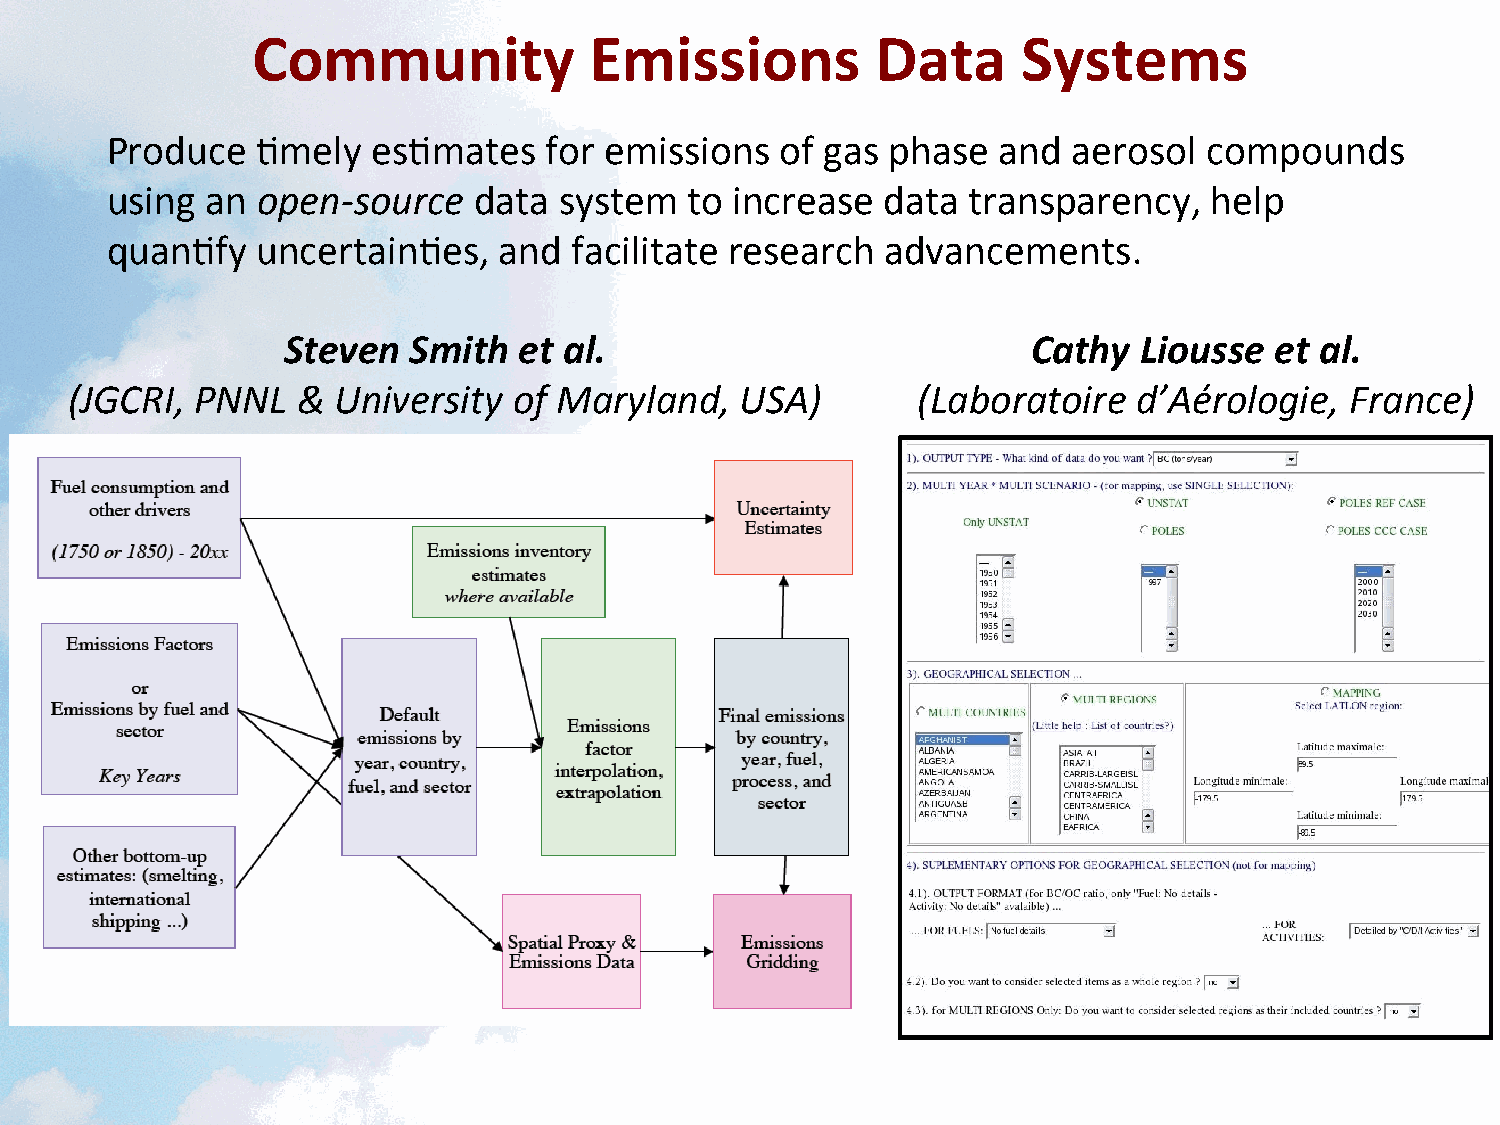
Community             Emissions          Data      Systems
 Produce   <mely   es<mates   for emissions   of gas phase  and  aerosol  compounds
 using  an open-­‐source data  system   to increase  data transparency,   help
 quan<fy   uncertain<es,   and  facilitate research  advancements.
 Steven  Smith  et al.                            Cathy  Liousse  et al.
 (JGCRI,  PNNL   & University  of Maryland,   USA)        (Laboratoire  d’Aérologie,  France)